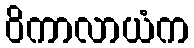
ဝိကာလာယံက